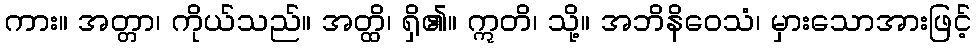
ကား။ အတ္တာ၊ ကိုယ်သည်။ အတ္ထိ၊ ရှိ၏။ ဣတိ၊ သို့။ အဘိနိဝေသံ၊ မှားသောအားဖြင့်